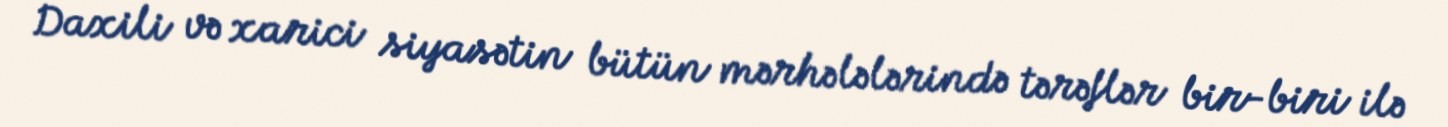
Daxili və xarici siyasətin bütün mərhələlərində tərəflər bir-biri ilə